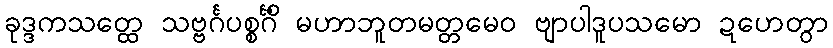
ခုဒ္ဒကသတ္ထေ သဗ္ဗင်္ဂပစ္စင်္ဂိံ မဟာဘူတမတ္တမေဝ ဗျာပါဒူပသမော ဍဟေတွာ